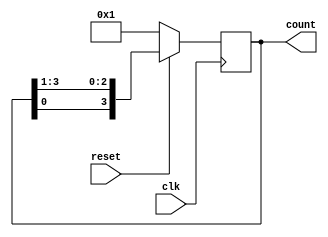
module ring_counter(  clk,
     reset, count );
	 parameter WIDTH=4;
	 input clk,reset;
	 output reg [WIDTH-1:0] count;
	 always@(posedge clk)
begin
if(reset)
count={count[0],count[WIDTH-1:1]};
else 
count=4'b0001;
end
endmodule